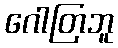
ဂေါတြဘူ